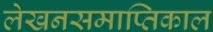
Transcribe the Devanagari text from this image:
लेखनसमाप्तिकाल